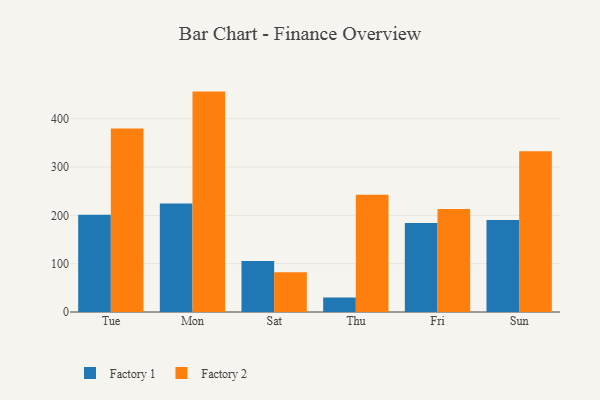
{"axis": {"x": "Day", "y": "Churn Rate (%)"}, "legend": ["Factory 1", "Factory 2"], "data": [{"x": "Tue", "y": 201.3, "type": "Factory 1"}, {"x": "Tue", "y": 379.9, "type": "Factory 2"}, {"x": "Mon", "y": 224.7, "type": "Factory 1"}, {"x": "Mon", "y": 456.0, "type": "Factory 2"}, {"x": "Sat", "y": 105.6, "type": "Factory 1"}, {"x": "Sat", "y": 82.4, "type": "Factory 2"}, {"x": "Thu", "y": 29.8, "type": "Factory 1"}, {"x": "Thu", "y": 242.6, "type": "Factory 2"}, {"x": "Fri", "y": 184.1, "type": "Factory 1"}, {"x": "Fri", "y": 213.0, "type": "Factory 2"}, {"x": "Sun", "y": 190.4, "type": "Factory 1"}, {"x": "Sun", "y": 332.7, "type": "Factory 2"}]}